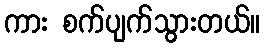
ကား စက်ပျက်သွားတယ်။